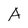
Character: A